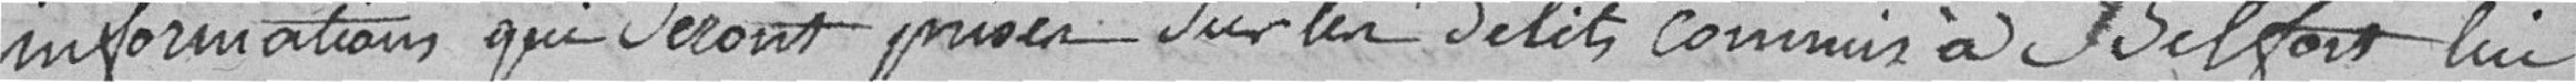
informations qui seront prises sur les délits commis à Belfort lui